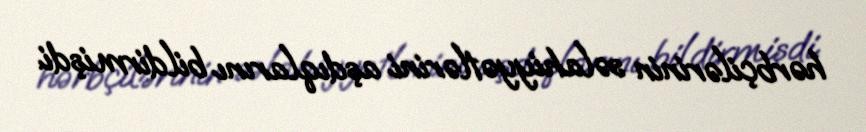
hərbçilərinin səlahiyyətlərini aşdıqlarını bildirmişdi.